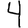
Digit: 4